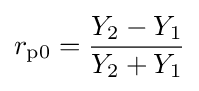
r_{\text{p0}}={\frac {Y_{2}-Y_{1}}{Y_{2}+Y_{1}}}